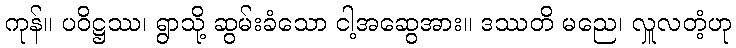
ကုန်။ ပဝိဋ္ဌဿ၊ ရွာသို့ ဆွမ်းခံသော ငါ့အဆွေအား။ ဒဿတိ မညေ၊ လှူလတံ့ဟု